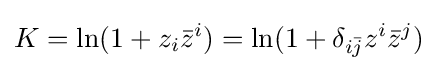
K=\ln(1+z_{i}{\bar {z}}^{i})=\ln(1+\delta _{i{\bar {j}}}z^{i}{\bar {z}}^{j})